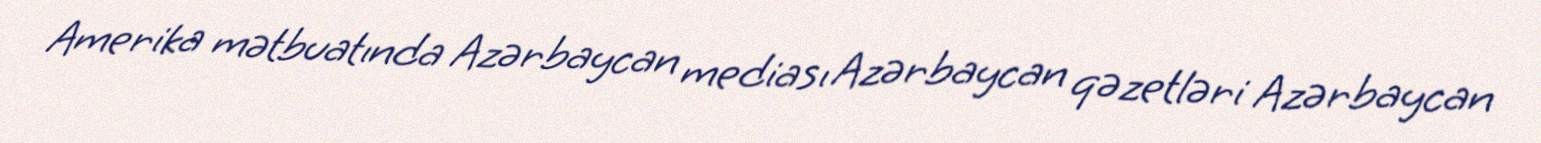
Amerika mətbuatında Azərbaycan mediası Azərbaycan qəzetləri Azərbaycan